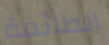
الطائفة